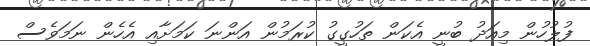
ފުލުހުން މިއަދު ބުނީ އެކަން ތަހުގީގު ކުރަމުން އަންނަ ކަމަށާއި އެހެން ނަމަވެސް